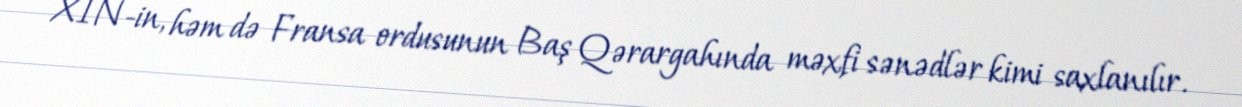
XİN-in, həm də Fransa ordusunun Baş Qərargahında məxfi sənədlər kimi saxlanılır.